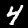
Digit: 4